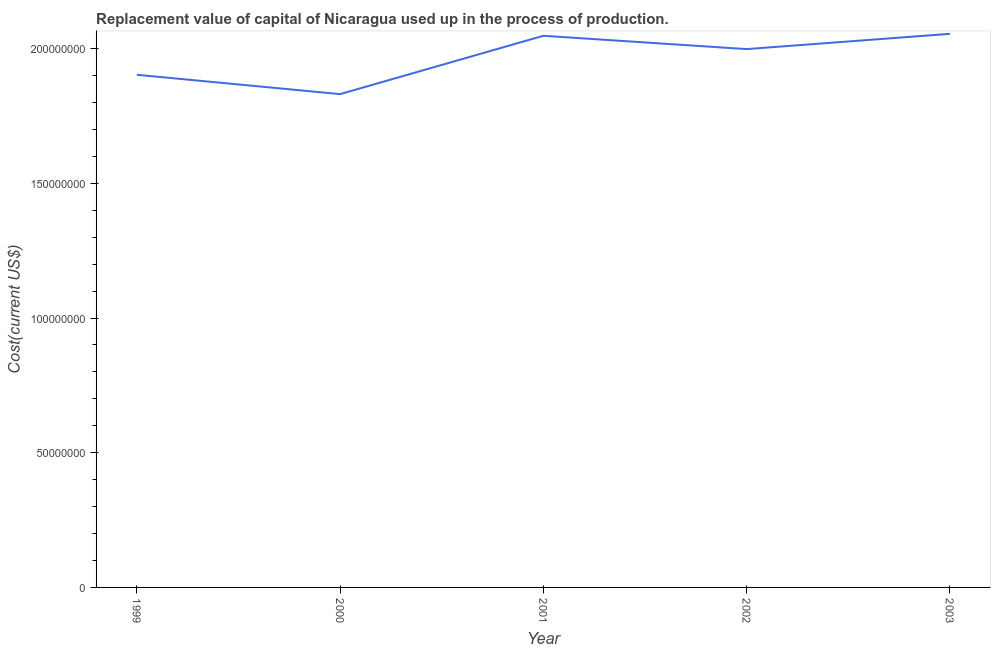
| Year | Consumption of fixed capital |
 | --- | --- |
 | 1999 | 1.9e+08 |
 | 2000 | 1.83e+08 |
 | 2001 | 2.05e+08 |
 | 2002 | 2e+08 |
 | 2003 | 2.05e+08 |